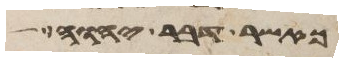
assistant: אשר דבר יהוה